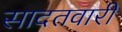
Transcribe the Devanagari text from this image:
सादतवारी